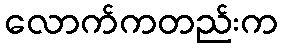
လောက်ကတည်းက